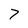
Character: 7